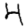
Digit: 4